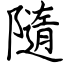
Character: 隨